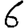
Digit: 6